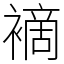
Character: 䙗